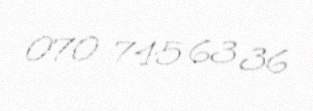
070 745 63 36